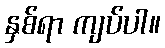
နှစ်ရာ ကျပ်ပါ။